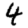
Digit: 4